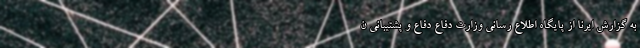
به گزارش ایرنا از پایگاه اطلاع رسانی وزارت دفاع دفاع و پشتیبانی ن